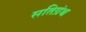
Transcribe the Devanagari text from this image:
सतिग्रंथ